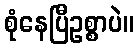
စုံနေပြီဥစ္စာပဲ။